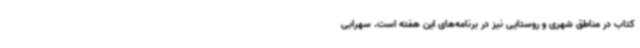
کتاب در مناطق شهری و روستایی نیز در برنامه‌های این هفته است. سهرابی